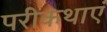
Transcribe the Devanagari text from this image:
परीकथाएं